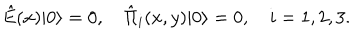
\hat { E } ( x ) | 0 \rangle = 0 , \quad \hat { \Pi } _ { i } ( x , y ) | 0 \rangle = 0 , \quad i = 1 , 2 , 3 .